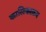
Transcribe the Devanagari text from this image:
कालिकाक्रम